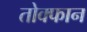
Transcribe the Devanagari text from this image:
तोक्फान